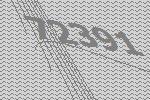
72391